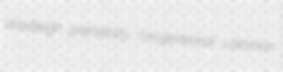
Wadleigh prenatally nongenerical Latonian